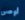
أوصى